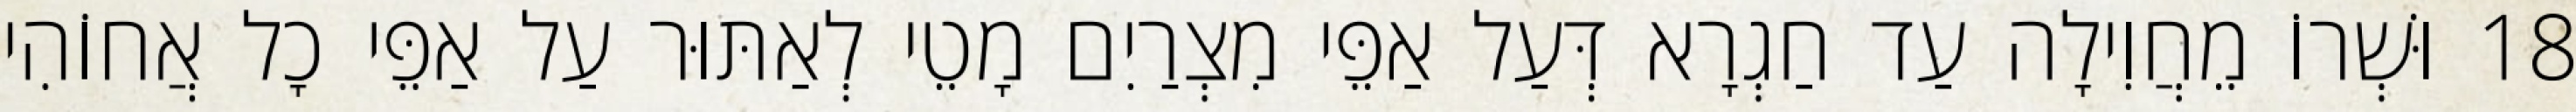
18 וּשְׁרוֹ מֵחֲוִילָה עַד חַגְרָא דְּעַל אַפֵּי מִצְרַיִם מָטֵי לְאַתּוּר עַל אַפֵּי כָל אֲחוֹהִי